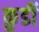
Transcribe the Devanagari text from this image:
कुर्डी